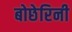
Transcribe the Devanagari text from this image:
बोछेरिनी